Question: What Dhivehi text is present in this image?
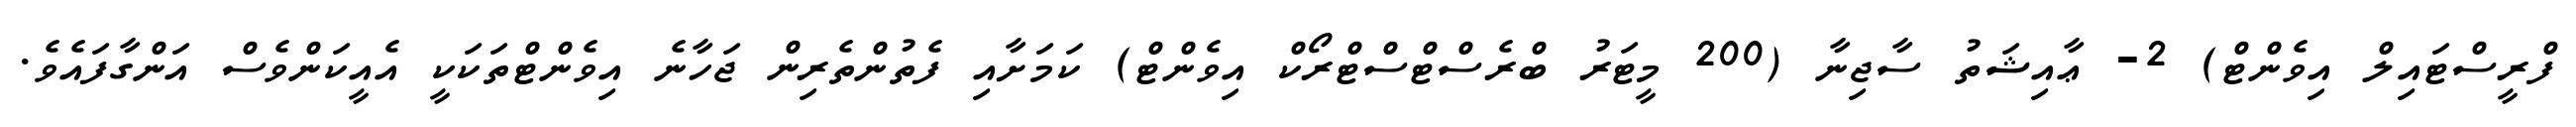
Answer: ފްރީސްޓައިލް އިވެންޓް) 2- ޢާއިޝަތު ސާޖިނާ (200 މީޓަރު ބްރެސްޓްސްޓްރޯކް އިވެންޓް) ކަމަށާއި ފެތުންތެރިން ޖަހާނެ އިވެންޓްތަކަކީ އެއީކަންވެސް އަންގާފައެވެ.